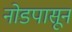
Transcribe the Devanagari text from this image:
नोडपासून